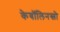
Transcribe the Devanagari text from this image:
केबॉलिनस्लो